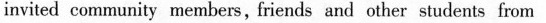
iviled conmunity me mbes, friends 《hd other students from